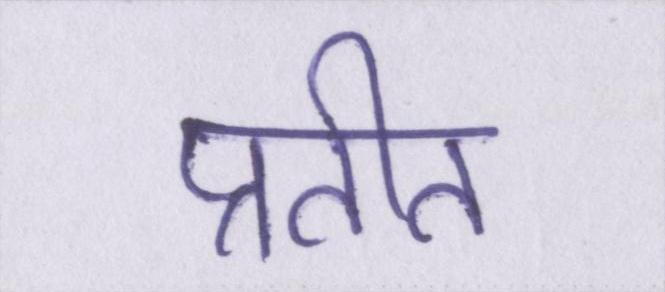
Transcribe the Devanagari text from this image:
प्रतीत